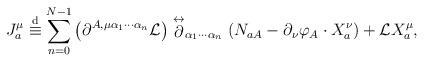
LaTeX: \begin{align*}J^{\mu}_{a} \stackrel{\rm d}{\equiv}\sum_{n=0}^{N-1}\left(\partial^{A, \mu\alpha_{1}\cdots\alpha_{n}}{\cal L} \right)\stackrel{\leftrightarrow}{\partial}_{\alpha_{1}\cdots\alpha_{n}}\left( N_{aA} - \partial_{\nu}\varphi_{A}\cdot X^{\nu}_{a} \right)+ {\cal L}X^{\mu}_{a} ,\end{align*}